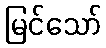
မြင်သော်